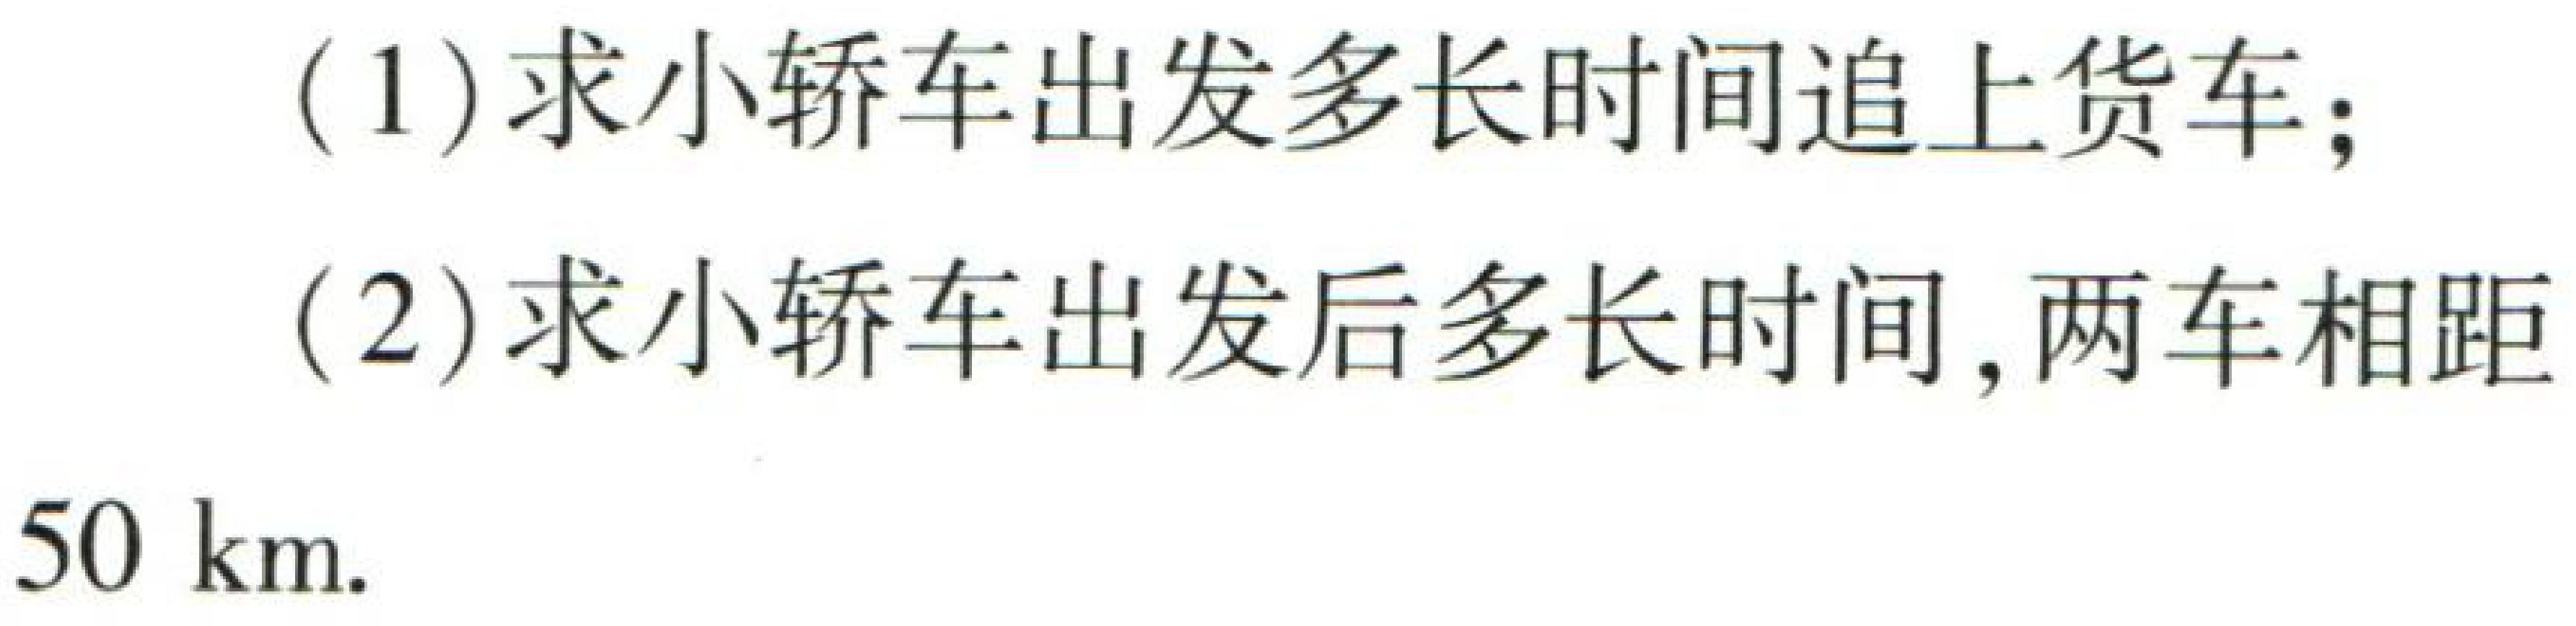
(1)求小轿车出发多长时间追上货车；

(2)求小轿车出发后多长时间，两车相距

\(50\ \mathrm{km}\).